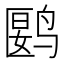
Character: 𬸘